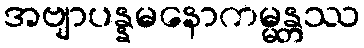
အဗျာပန္နမနောကမ္မန္တဿ